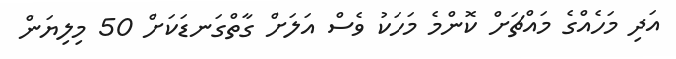
އަދި މަހެއްގެ މައްޗަށް ކޮންމެ މަހަކު ވެސް އަލަށް ގާތްގަނޑަކަށް 50 މިލިޔަން